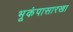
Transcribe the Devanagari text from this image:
भूकंपासारखा